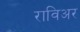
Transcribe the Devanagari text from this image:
राविअर